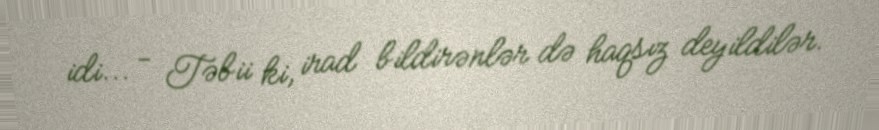
idi... - Təbii ki, irad bildirənlər də haqsız deyildilər.